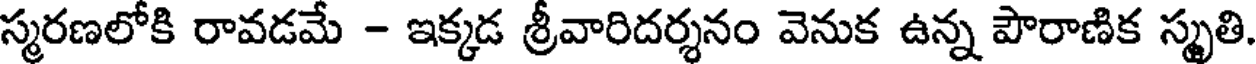
స్మరణలోకి రావడమే - ఇక్కడ శ్రీవారిదర్శనం వెనుక ఉన్న పౌరాణిక స్మృతి.